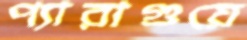
প্যারাগুয়ে